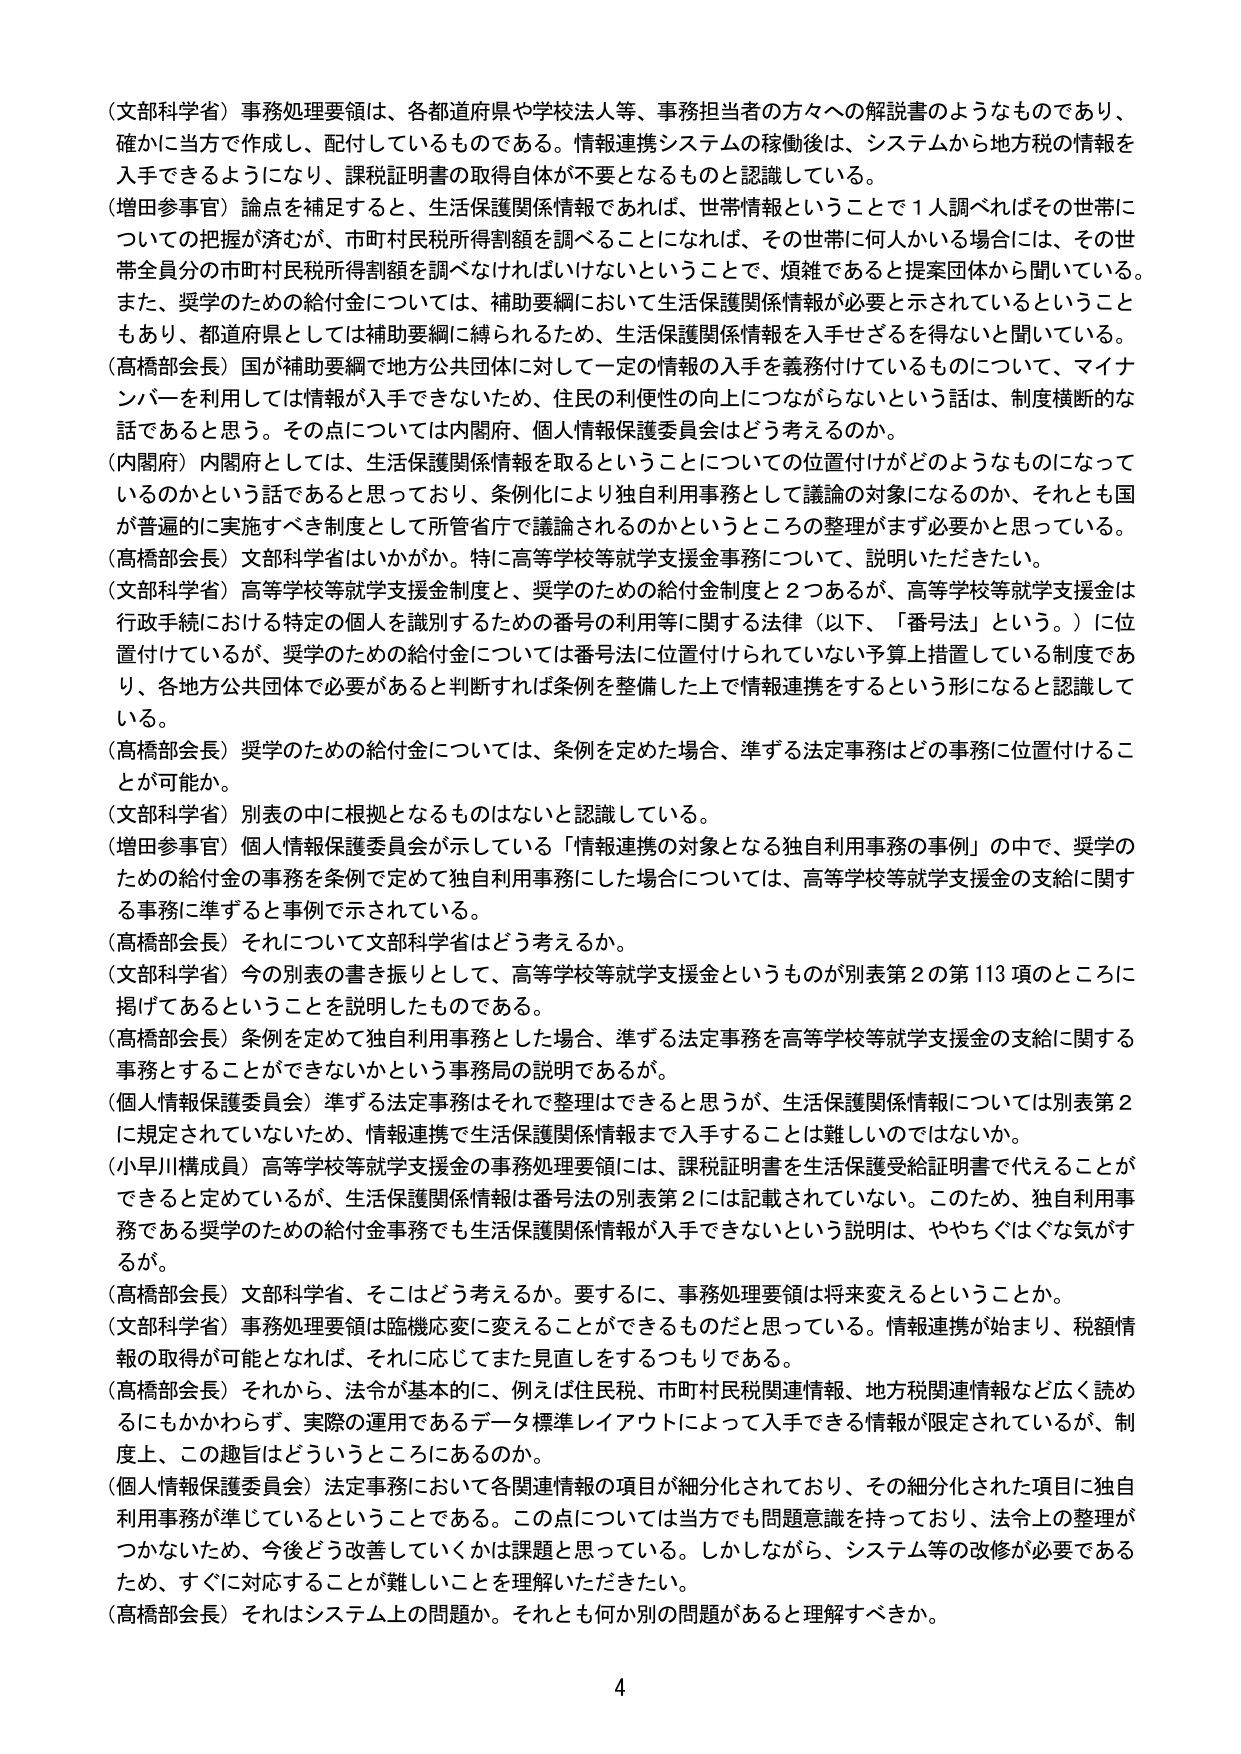
（文部科学省）事務処理要領は、各都道府県や学校法人等、事務担当者の方々への解説書のようなものであり、確かに当方で作成し、配付しているものである。情報連携システムの稼働後は、システムから地方税の情報を入手できるようになり、課税証明書の取得自体が不要となるものと認識している。

（増田参事官）論点を補足すると、生活保護関係情報であれば、世帯情報ということで1人調べればその世帯についての把握が済むが、市町村民税所得割額を調べることになれば、その世帯に何人かいる場合には、その世帯全員分の市町村民税所得割額を調べなければならないということで、煩雑であると提案団体から聞いている。また、奨学のための給付金については、補助要綱において生活保護関係情報が必要と示されているということもあり、都道府県としては補助要綱に縛られるため、生活保護関係情報を入手せざるを得ないと聞いている。

（高橋部会長）国が補助要綱で地方公共団体に対して一定の情報の入手を義務付けているものについて、マイナンバーを利用しては情報が入手できないため、住民の利便性の向上につながらないという話は、制度横断的な話であると思う。その点については内閣府、個人情報保護委員会はどう考えるのか。

（内閣府）内閣府としては、生活保護関係情報を取るということについての位置付けがどのようなものになっているのかという話であると思っており、条例化により独自利用事務として議論の対象になるのか、それとも国が普遍的に実施すべき制度として所管省庁で議論されるのかというところの整理がまず必要かと思っている。

（高橋部会長）文部科学省はいかがか。特に高等学校等就学支援金事務について、説明いただきたい。

（文部科学省）高等学校等就学支援金制度と、奨学のための給付金制度と2つあるが、高等学校等就学支援金は行政手続における特定の個人を識別するための番号の利用等に関する法律（以下、「番号法」という。）に位置付けているが、奨学のための給付金については番号法に位置付けられていない予算上措置している制度であり、各地方公共団体で必要があると判断すれば条例を整備した上で情報連携をするという形になると認識している。

（高橋部会長）奨学のための給付金については、条例を定めた場合、準ずる法定事務はどの事務に位置付けることが可能か。

（文部科学省）別表の中に根拠となるものはないと認識している。

（増田参事官）個人情報保護委員会が示している「情報連携の対象となる独自利用事務の事例」の中で、奨学のための給付金の事務を条例で定めて独自利用事務にした場合については、高等学校等就学支援金の支給に関する事務に準ずると事例で示されている。

（高橋部会長）それについて文部科学省はどう考えるか。

（文部科学省）今の別表の書き振りとして、高等学校等就学支援金というものが別表第2の第113項のところに掲げてあるということを説明したものである。

（高橋部会長）条例を定めて独自利用事務とした場合、準ずる法定事務を高等学校等就学支援金の支給に関する事務とすることができないかという事務局の説明であるが。

（個人情報保護委員会）準ずる法定事務はそれで整理はできると思うが、生活保護関係情報については別表第2に規定されていないため、情報連携で生活保護関係情報まで入手することは難しいのではないか。

（小早川構成員）高等学校等就学支援金の事務処理要領には、課税証明書を生活保護受給証明書で代えることができるとしているが、生活保護関係情報は番号法の別表第2には記載されていない。このため、独自利用事務である奨学のための給付金事務でも生活保護関係情報が入手できないという説明は、ややちぐはぐな気がするが。

（高橋部会長）文部科学省、そこはどう考えるか。要するに、事務処理要領は将来変えるということか。

（文部科学省）事務処理要領は臨機応変に変えることができるものだと思っている。情報連携が始まり、税額情報の取得が可能となれば、それに応じてまた見直しをするつもりである。

（高橋部会長）それから、法令が基本的に、例えば住民税、市町村民税関連情報、地方税関連情報など広く読めるにもかかわらず、実際の運用であるデータ標準レイアウトによって入手できる情報が限定されているが、制度上、この趣旨はどういうところにあるのか。

（個人情報保護委員会）法定事務において各関連情報の項目が細分化されており、その細分化された項目に独自利用事務が準じているということである。この点については当方でも問題意識を持っており、法令上の整理がつかないため、今後どう改善していくかは課題と思っている。しかしながら、システム等の改修が必要であるため、すぐに対応することが難しいことを理解いただきたい。

（高橋部会長）それはシステム上の問題か。それとも何か別の問題があると理解すべきか。

4